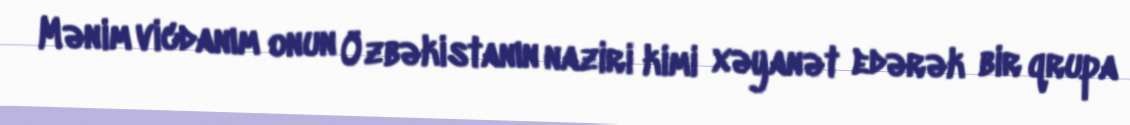
Mənim vicdanım onun Özbəkistanın naziri kimi xəyanət edərək bir qrupa